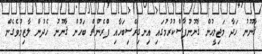
ޤާނޫނު ހަދާ މަޖިލީހުން ޤާނޫނުފާސްކުރުމުގައި އިނގިރޭސިބަހާއި ފްރެންޗް ބަހުން ޤާނޫނު ހެދުން ލާޒިމުވެގެން